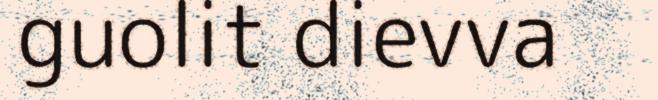
guolit dievva